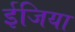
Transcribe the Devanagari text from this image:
ईजिया